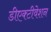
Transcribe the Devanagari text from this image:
डीएक्टीवेशन